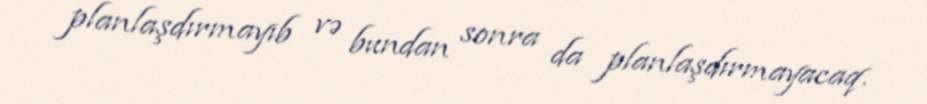
planlaşdırmayıb və bundan sonra da planlaşdırmayacaq.